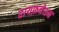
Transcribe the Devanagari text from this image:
हायफ़नेशन